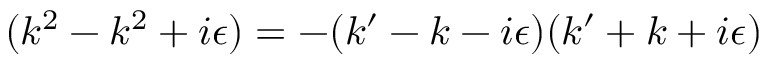
( k ^ { 2 } - k ^ { 2 } + i \epsilon ) = - ( k ^ { \prime } - k - i \epsilon ) ( k ^ { \prime } + k + i \epsilon )